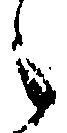
々